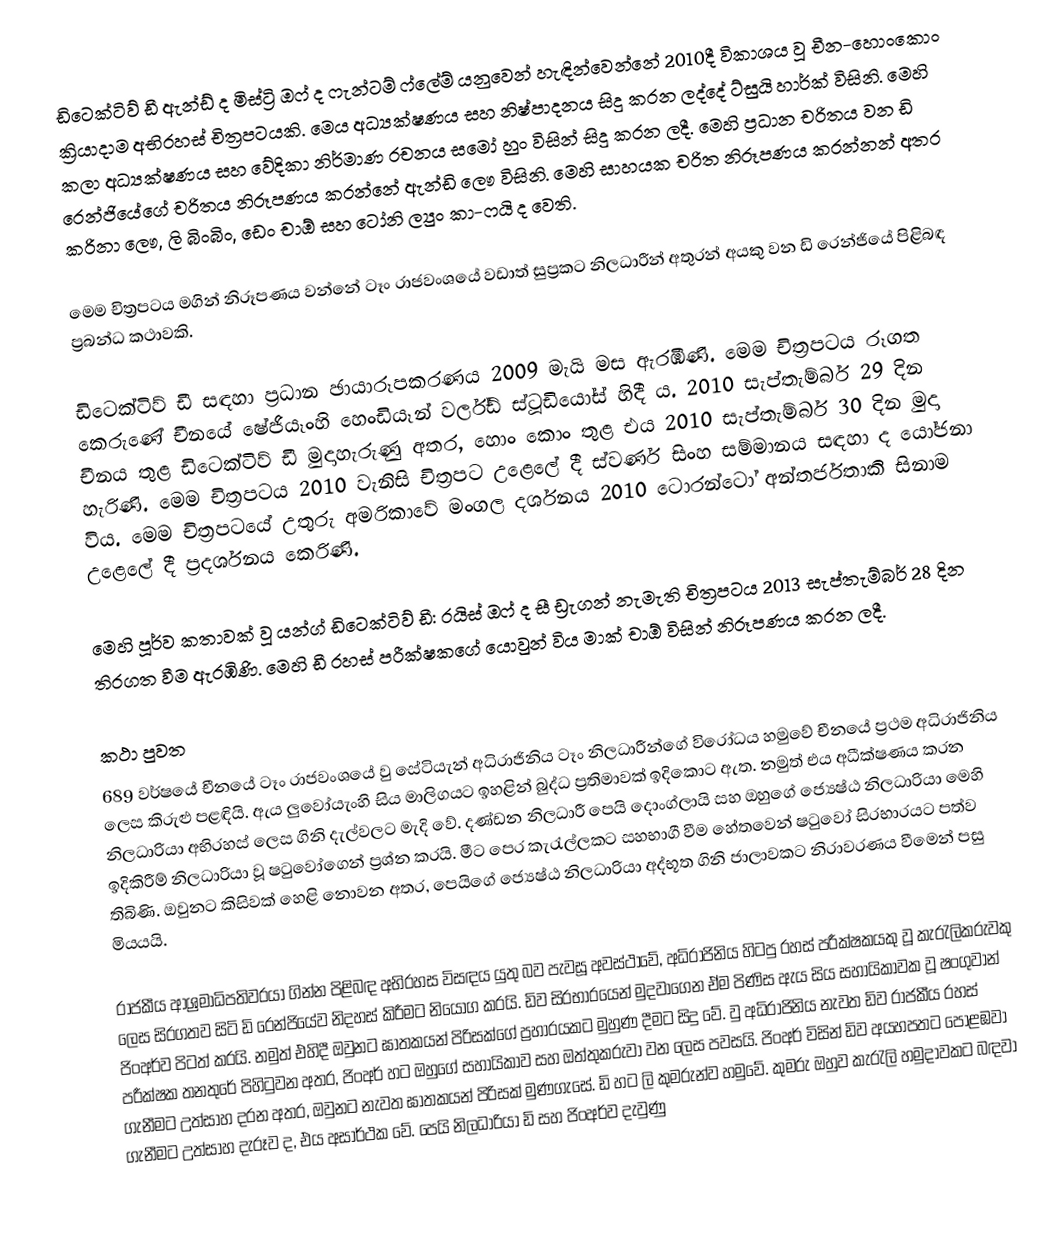
ඩිටෙක්ටිව් ඩී ඇන්ඩ් ද මිස්ට්‍රි ඔෆ් ද ෆැන්ටම් ෆ්ලේම් යනුවෙන් හැඳින්වෙන්නේ 2010දී විකාශය වූ චීන-හොංකොං ක්‍රියාදාම අභිරහස් චිත්‍රපටයකි. මෙය අධ්‍යක්ෂණය සහ නිෂ්පාදනය සිදු කරන ලද්දේ ට්සුයි හාර්ක් විසිනි. මෙහි කලා අධ්‍යක්ෂණය සහ වේදිකා නිර්මාණ රචනය සමෝ හුං විසින් සිදු කරන ලදී. මෙහි ප්‍රධාන චරිතය වන ඩි රෙන්ජියේගේ චරිතය නිරූපණය කරන්නේ ඇන්ඩි ලෞ විසිනි. මෙහි සාහයක චරිත නිරූපණය කරන්නන් අතර කරිනා ලෞ, ලි බිංබිං, ඩෙං චාඕ සහ ටෝනි ල්‍යුං කා-ෆයි ද වෙති.

මෙම චිත්‍රපටය මගින් නිරූපණය වන්නේ ටෑං රාජවංශයේ වඩාත් සුප්‍රකට නිලධාරීන් අතුරන් අයකු වන ඩි රෙන්ජියේ පිළිබඳ ප්‍රබන්ධ කථාවකි.

ඩිටෙක්ටිව් ඩී සඳහා ප්‍රධාන ඡායාරූපකරණය 2009 මැයි මස ඇරඹිණි. මෙම චිත්‍රපටය රූගත කෙරුණේ චීනයේ ෂේජියෑංහි හෙංඩියෑන් වර්ල්ඩ් ස්ටූඩියෝස් හිදී ය. 2010 සැප්තැම්බර් 29 දින චීනය තුළ ඩිටෙක්ටිව් ඩී මුදාහැරුණු අතර, හොං කොං තුළ එය 2010 සැප්තැම්බර් 30 දින මුදා හැරිණි. මෙම චිත්‍රපටය 2010 වැනිසි චිත්‍රපට උළෙලේ දී ස්වර්ණ සිංහ සම්මානය සඳහා ද යෝජනා විය. මෙම චිත්‍රපටයේ උතුරු අමරිකාවේ මංගල දර්ශනය 2010 ටොරන්ටෝ අන්තර්ජතාකි සිනාම උළෙලේ දී ප්‍රදර්ශනය කෙරිණි.

මෙහි පූර්ව කතාවක් වූ යන්ග් ඩිටෙක්ටිව් ඩී: රයිස් ඔෆ් ද සී ඩ්‍රැගන් නැමැති චිත්‍රපටය 2013 සැප්තැම්බර් 28 දින තිරගත වීම ඇරඹිණි. මෙහි ඩී රහස් පරීක්ෂකගේ යොවුන් විය මාක් චාඕ විසින් නිරූපණය කරන ලදී.

කථා පුවත
689 වර්ෂයේ චීනයේ ටෑං රාජවංශයේ වු සේටියැන් අධිරාජිනිය ටෑං නිලධාරීන්ගේ විරෝධය හමුවේ චීනයේ ප්‍රථම අධිරාජිනිය ලෙස කිරුළු පළඳියි. ඇය ලුවෝයැංහි සිය මාලිගයට ඉහළින් බුද්ධ ප්‍රතිමාවක් ඉදිකොට ඇත. නමුත් එය අධීක්ෂණය කරන නිලධාරියා අභිරහස් ලෙස ගිනි දැල්වලට මැදි වේ. දණ්ඩන නිලධාරී පෙයි දොංග්ලායි සහ ඔහුගේ ජ්‍යෙෂ්ඨ නිලධාරියා මෙහි ඉදිකිරීම් නිලධාරියා වූ ෂටුවෝගෙන් ප්‍රශ්න කරයි. මීට පෙර කැරැල්ලකට සහභාගී වීම හේතවෙන් ෂටුවෝ සිරභාරයට පත්ව තිබිණි. ඔවුනට කිසිවක් හෙළි නොවන අතර, පෙයිගේ ජ්‍යෙෂ්ඨ නිලධාරියා අද්භූත ගිනි ජාලාවකට නිරාවරණය වීමෙන් පසු මියයයි.

රාජකීය ආශ්‍රමාධිපතිවරයා ගින්න පිළිබඳ අභිරහස විසඳය යුතු බව පැවසූ අවස්ථාවේ, අධිරාජිනිය හිටපු රහස් පරීක්ෂකයකු වූ කැරැලිකරුවකු ලෙස සිරගතව සිටි ඩි රෙන්ජියේව නිදහස් කිරීමට නියෝග කරයි. ඩිව සිරභාරයෙන් මුදවාගෙන ඒම පිණිස ඇය සිය සහායිකාවක වූ ෂංගුවාන් ජිංඅර්ව පිටත් කරයි. නමුත් එහිදී ඔවුනට ඝාතකයන් පිරිසක්ගේ ප්‍රහාරයකට මුහුණ දීමට සිදු වේ. වු අධිරාජිනිය නැවත ඩිව රාජකීය රහස් පරීක්ෂක තනතුරේ පිහිටුවන අතර, ජිංඅර් හට ඔහුගේ සහායිකාව සහ ඔත්තුකරුවා වන ලෙස පවසයි. ජිංඅර් විසින් ඩිව අයහපතට පොළඹවා ගැනීමට උත්සාහ දරන අතර, ඔවුනට නැවත ඝාතකයන් පිරිසක් මුණගැසේ. ඩි හට ලි කුමරුන්ව හමුවේ. කුමරු ඔහුව කැරැලි හමුදාවකට බඳවා ගැනීමට උත්සාහ දැරූව ද, එය අසාර්ථක වේ. පෙයි නිලධාරියා ඩි සහ ජිංඅර්ව දැවුණු